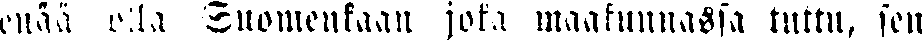
enää olla Suomenkaan jota maakunnassa tuttu, sen